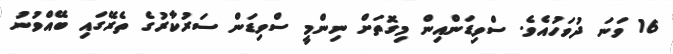
16 ވަނަ ދުވަހުއެވެ. ސްވިޑަންއިން މިގޮތަށް ނިންމީ ސްވިޑަން ސަރުކާރުގެ ތެރޭގައި ބޭއްވުނު